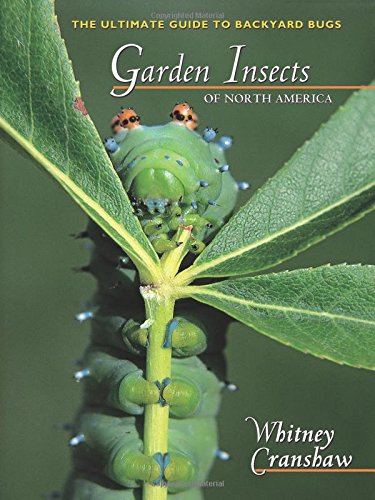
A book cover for Garden Insects of North America: The Ultimate Guide to Backyard Bugs (Princeton Field Guides); Whitney Cranshaw; Crafts, Hobbies & Home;